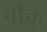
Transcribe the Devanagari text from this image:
चौक्